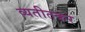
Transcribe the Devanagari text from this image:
व्यतीतकर